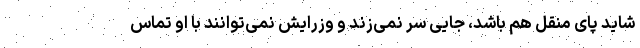
شاید پای منقل هم باشد، جایی سر نمی‌زند و وزرایش نمی‌توانند با او تماس